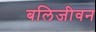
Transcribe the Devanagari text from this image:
बलिजीवन